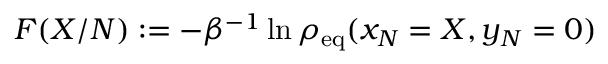
F ( X / N ) : = - \beta ^ { - 1 } \ln \rho _ { \mathrm { e q } } ( x _ { N } = X , y _ { N } = 0 )